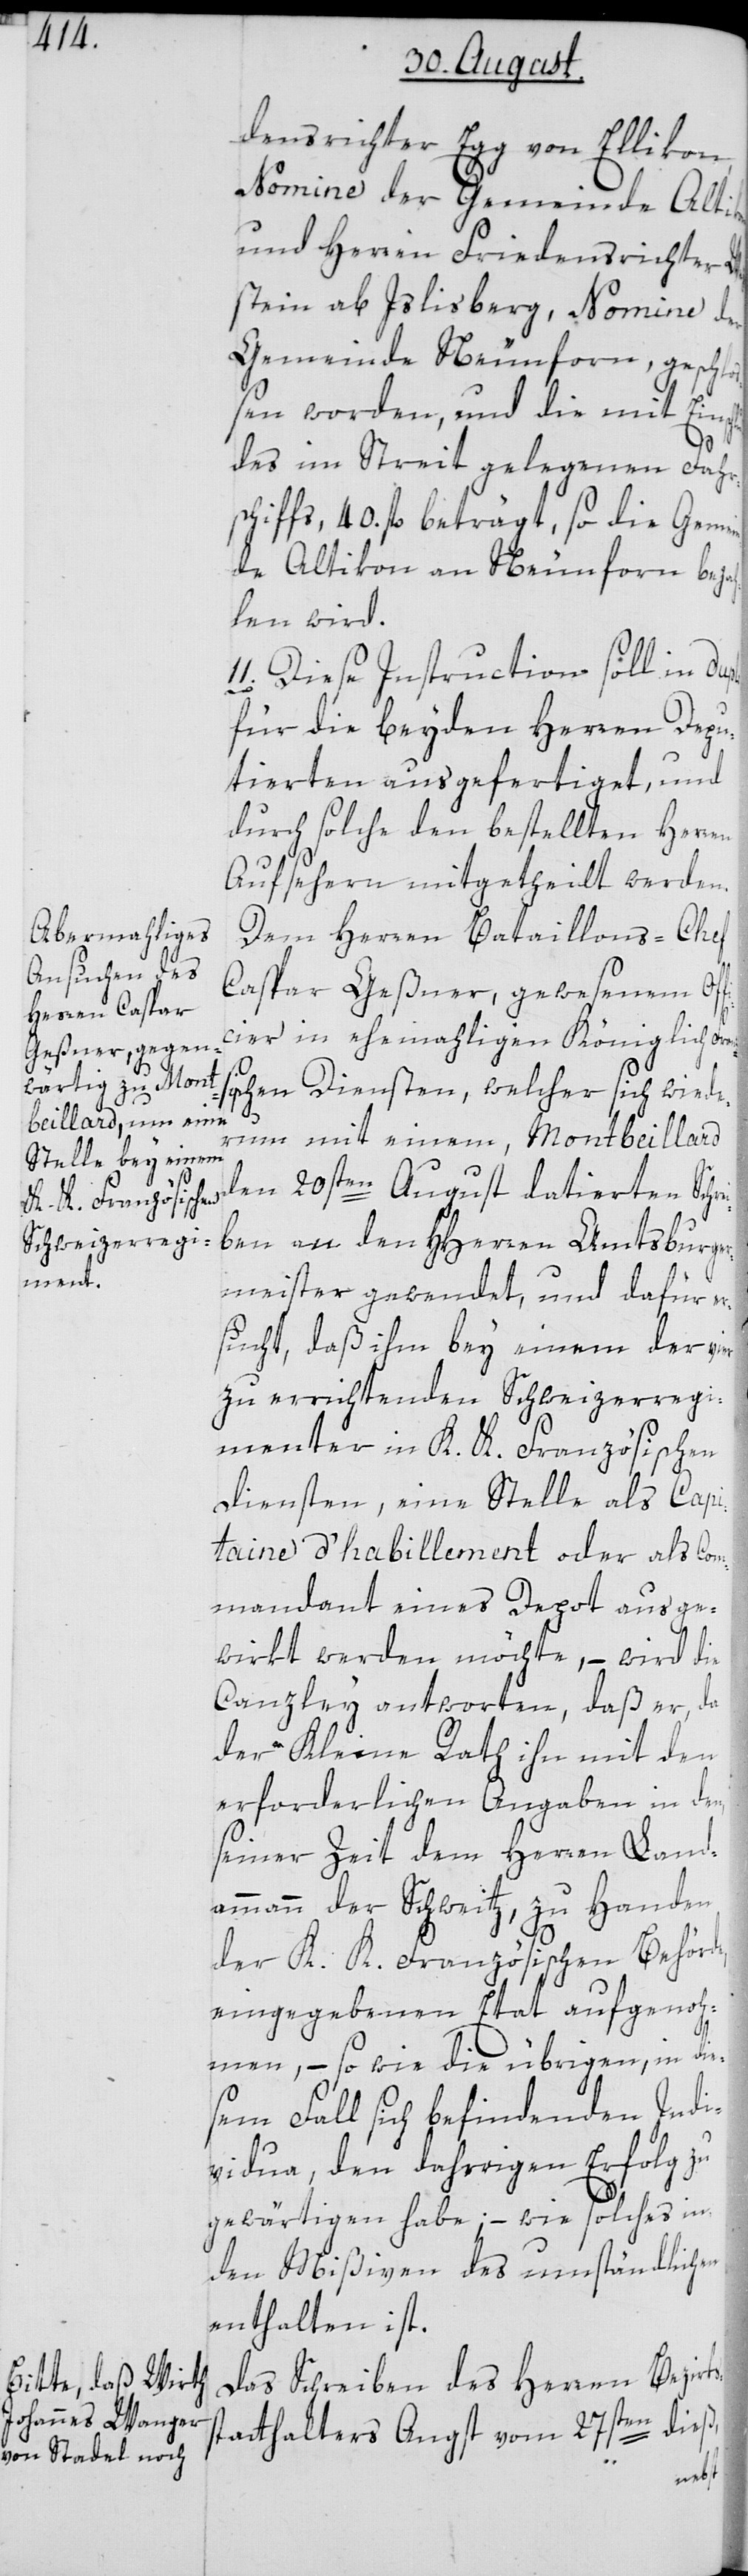
nzösi¬

densrichter Egg von Ellikon,
Nomine der Gemeinde Alti¬
und Herren Friedensrichter We¬
zstein ab Islisberg, Nomine der
Gemeinde Neunforn, geschlo¬
ßen worden, und die mit Einsch¬
luß
des im Streit gelegenen Fahr¬
schiffs, 40 fl. beträgt, so die Gemei¬
nde Altikon an Neunforn beza¬
hlen wird.
11. Diese Instruction soll in duplo
für die beyden Herren Depu¬
tierten ausgefertiget, und
durch solche den bestellten Herren
Aufsehern mitgetheilt werden.
Dem Herren Bataillons-Chef
Caspar Geßner, gewesenem Off¬
icier in ehemaligen Königlich Fra¬
schen Diensten, welcher sich wieder¬
um mit einem, Montbeillard
den 20sten August datierten Schre¬
iben an den HHerren Amtsburger¬
meister gewendet, und dafür er¬
sucht, daß ihm bey einem der vier
zu errichtenden Schweizerregi¬
menter in K. K. Französischen
Diensten, eine Stelle als Capi¬
taine d’habillement oder als Com¬
mandant eines Depot ausge¬
wirkt werden möchte, – wird die
Canzley antworten, daß er, da
der Kleine Rath ihn mit den
erforderlichen Angaben in den,
seiner Zeit dem Herren Land¬
ammann der Schweitz, zu Handen
der K. K. Französischen Behörde,
eingegebenen Etat aufgenoh¬
men, – sowie die übrigen, in die¬
sem Fall sich befindenden Indi¬
vidua, den daherigen Erfolg zu
gewärtigen habe, – wie solches in
den Mißiven des umständlichen
enthalten ist.
Das Schreiben des Herren Bezirks¬
n dieß,
statthalters Angst vom 27ste¬